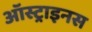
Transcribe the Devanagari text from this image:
ऑस्ट्राइनस